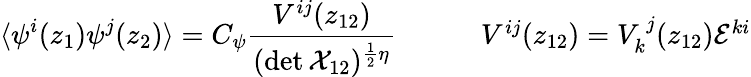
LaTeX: \begin{array}{cc}{{\displaystyle{\langle\psi^{i}(z_{1})\psi^{j}(z_{2})\rangle=C_{\psi}\frac{V^{ij}(z_{12})}{(\operatorname*{det}{\cal X}_{12})^{\frac{1}{2}\eta}}}~~~~}}&{{~~~~V^{ij}(z_{12})=V_{k}^{~j}(z_{12}){\cal E}^{ki}}}\end{array}